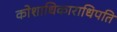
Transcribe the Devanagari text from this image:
कोशाधिकाराधिपति